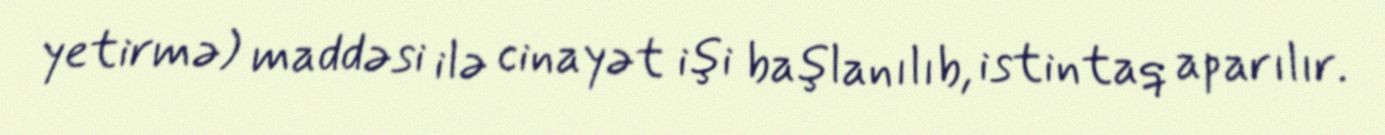
yetirmə) maddəsi ilə cinayət işi başlanılıb, istintaq aparılır.